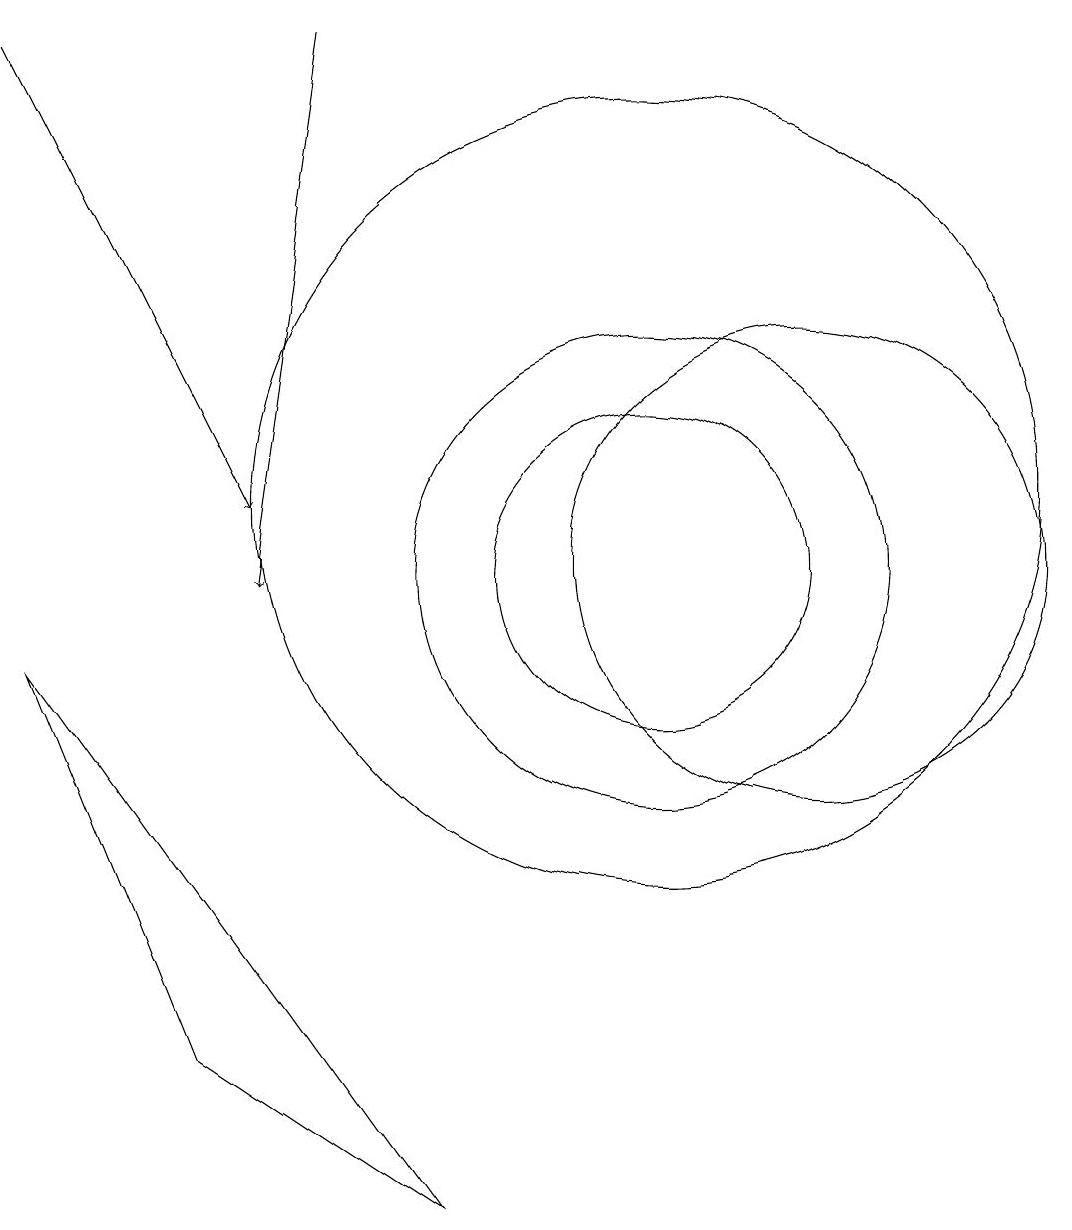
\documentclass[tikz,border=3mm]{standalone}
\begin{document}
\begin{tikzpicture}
\draw (10,11) circle (5);
\draw[->] (6,17) -- (5,10);
\draw[->] (2,17) -- (5,11);
\draw (4,4) -- (7,2) -- (2,9) -- cycle;
\draw (12,10) circle (3);
\draw (10,10) circle (3);
\draw (10,10) circle (2);
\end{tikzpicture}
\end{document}